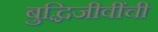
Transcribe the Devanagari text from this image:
बुद्धिजीवींची